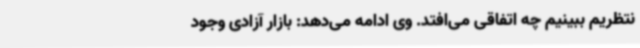
نتظریم ببینیم چه اتفاقی می‌افتد. وی ادامه می‌دهد: بازار آزادی وجود